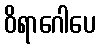
ဝိရာဂေါပေ